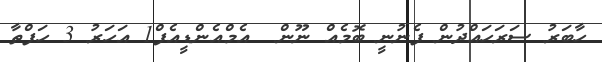
ހާބަރު ސަރަހައްދުން ފެނުނީ ބޮމެއް ނޫން  އެމްއެންޑީއެފް1 އަހަރު 3 ހަފްތާ